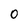
Character: 0